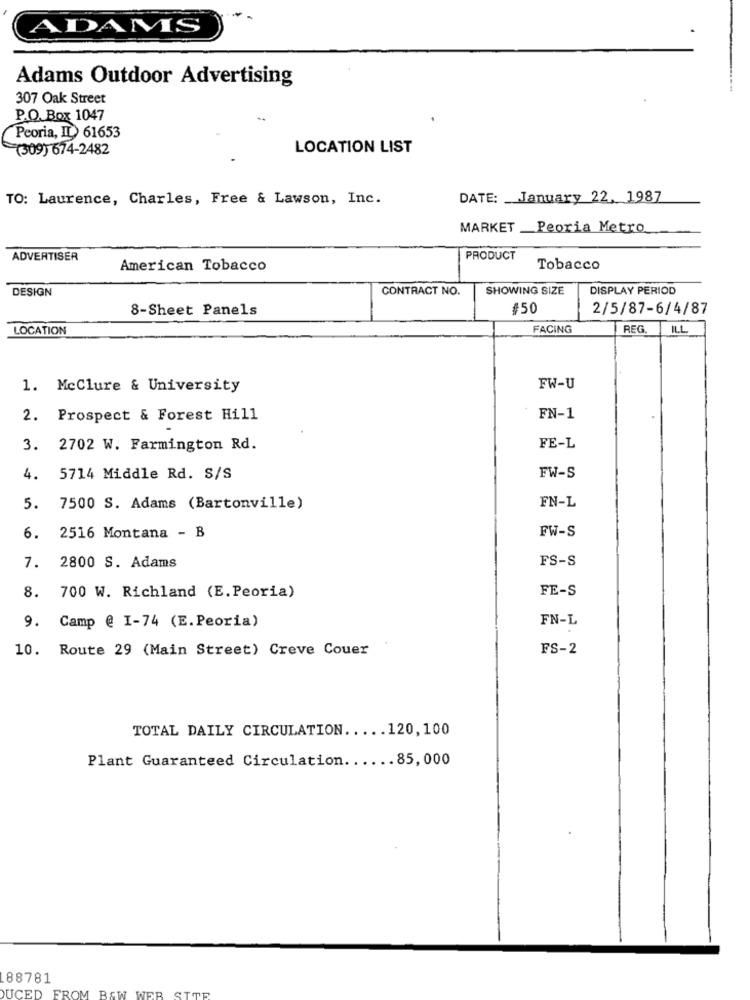
ADAMS
Adams Outdoor Advertising
307 Oak Street
P.O. Box 1047
Peoria, IL 61653
(309) 674-2482
LOCATION LIST
TO: Laurence, Charles, Free & Lawson, Inc.
DATE: _ January 22, 1987
MARKET _Peoria Metro
ADVERTISER
PRODUCT
American Tobacco
Tobacco
DESIGN
CONTRACT NO.
SHOWING SIZE
DISPLAY PERIOD
8-Sheet Panels
#50
2/5/87-6/4/87
LOCATION
FACING
REG
ILL
1. McClure & University
FW-U
2. Prospect & Forest Hill
FN-1
3. 2702 W. Farmington Rd.
FE-L
4. 5714 Middle Rd. S/S
FW-S
FN-L
5. 7500 S. Adams (Bartonville)
FW-S
6. 2516 Montana - B
FS-S
7. 2800 S. Adams
FE-S
8. 700 W. Richland (E. Peoria)
FN-L
9. Camp @ I-74 (E.Peoria)
10. Route 29 (Main Street) Creve Couer
FS-2
TOTAL DAILY CIRCULATION ..... 120, 100
Plant Guaranteed Circulation ...... 85, 000
88781
DUCED FROM BAW WER